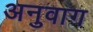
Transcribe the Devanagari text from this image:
अनुवाग